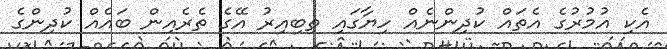
އެކި އުމުރުގެ އެތައް ކުދިންނެއް ހިޔާގައި ތިބިއިރު އޭގެ ތެރެއިން ބައެއް ކުދިންގެ